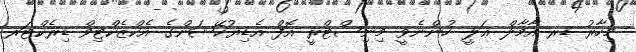
މިހާރު ޑރ އާމާލް ޢަލީ ހުންނެވީ މިނިސްޓްރީ އޮފް އެޑިޔުކޭޝަންގެ އެކްޒެކްޓިވް ޑިރެކްޓަރ